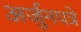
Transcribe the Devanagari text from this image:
अर्जुनपत्रे